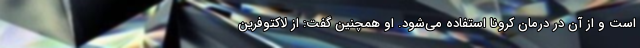
است و از آن در درمان کرونا استفاده می‌شود. او همچنین گفت: از لاکتوفرین